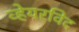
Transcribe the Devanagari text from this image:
व्हेयरविद